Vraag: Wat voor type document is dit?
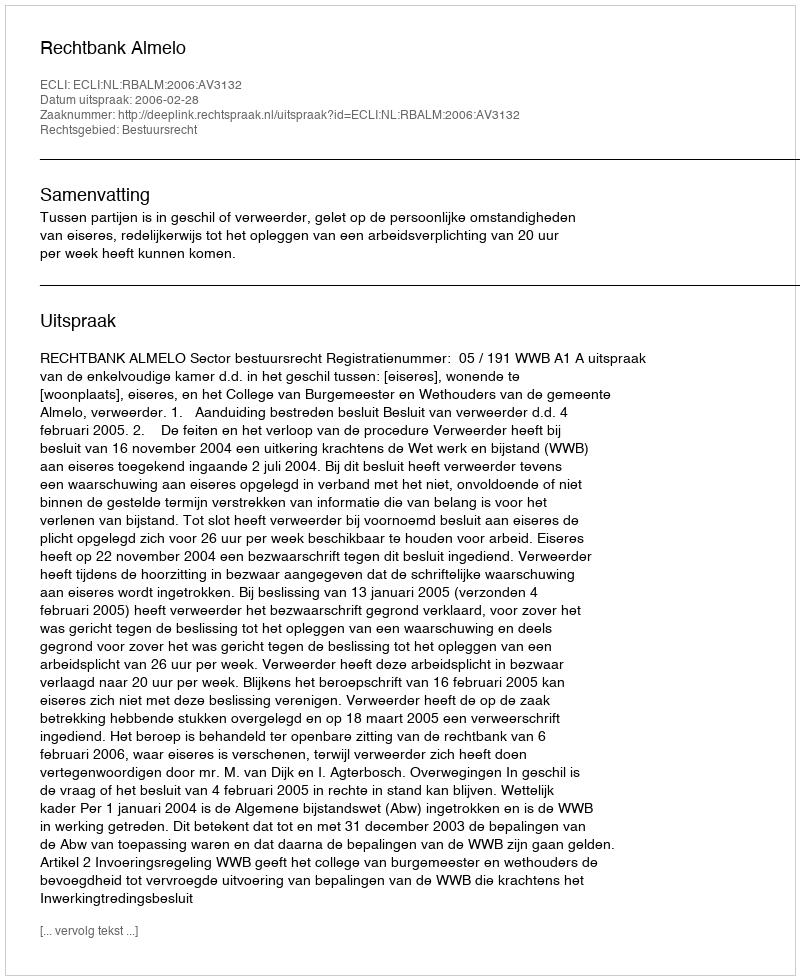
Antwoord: Uitspraak